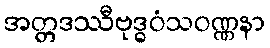
အတ္တဒဿီဗုဒ္ဓဝံသဝဏ္ဏနာ